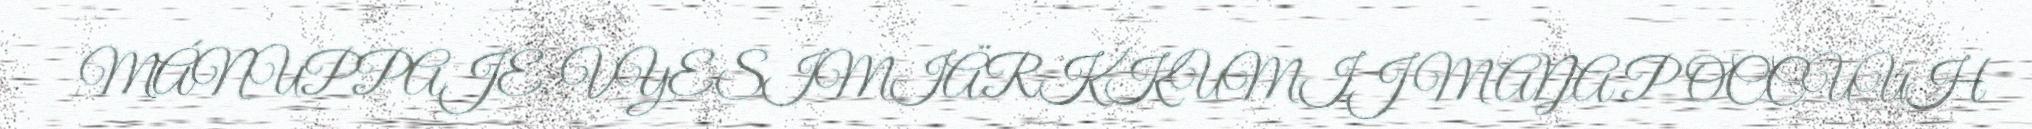
MÁNUPPAJE. VYESIMIÄRKKUMIJ MAŊA POCCUUH